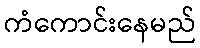
ကံကောင်းနေမည်